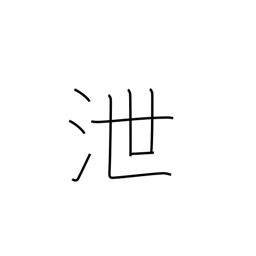
Meaning: leak